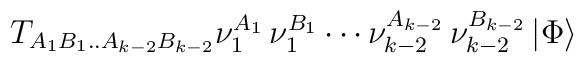
T_{A_1B_1..A_{k-2}B_{k-2}}\nu_1^{A_1} \, \nu_1^{B_1} \cdots \nu_{k-2}^{A_{k-2}} \,\nu_{k-2}^{B_{k-2}} \,\vert \Phi \rangle